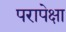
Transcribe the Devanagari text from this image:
परापेक्षा